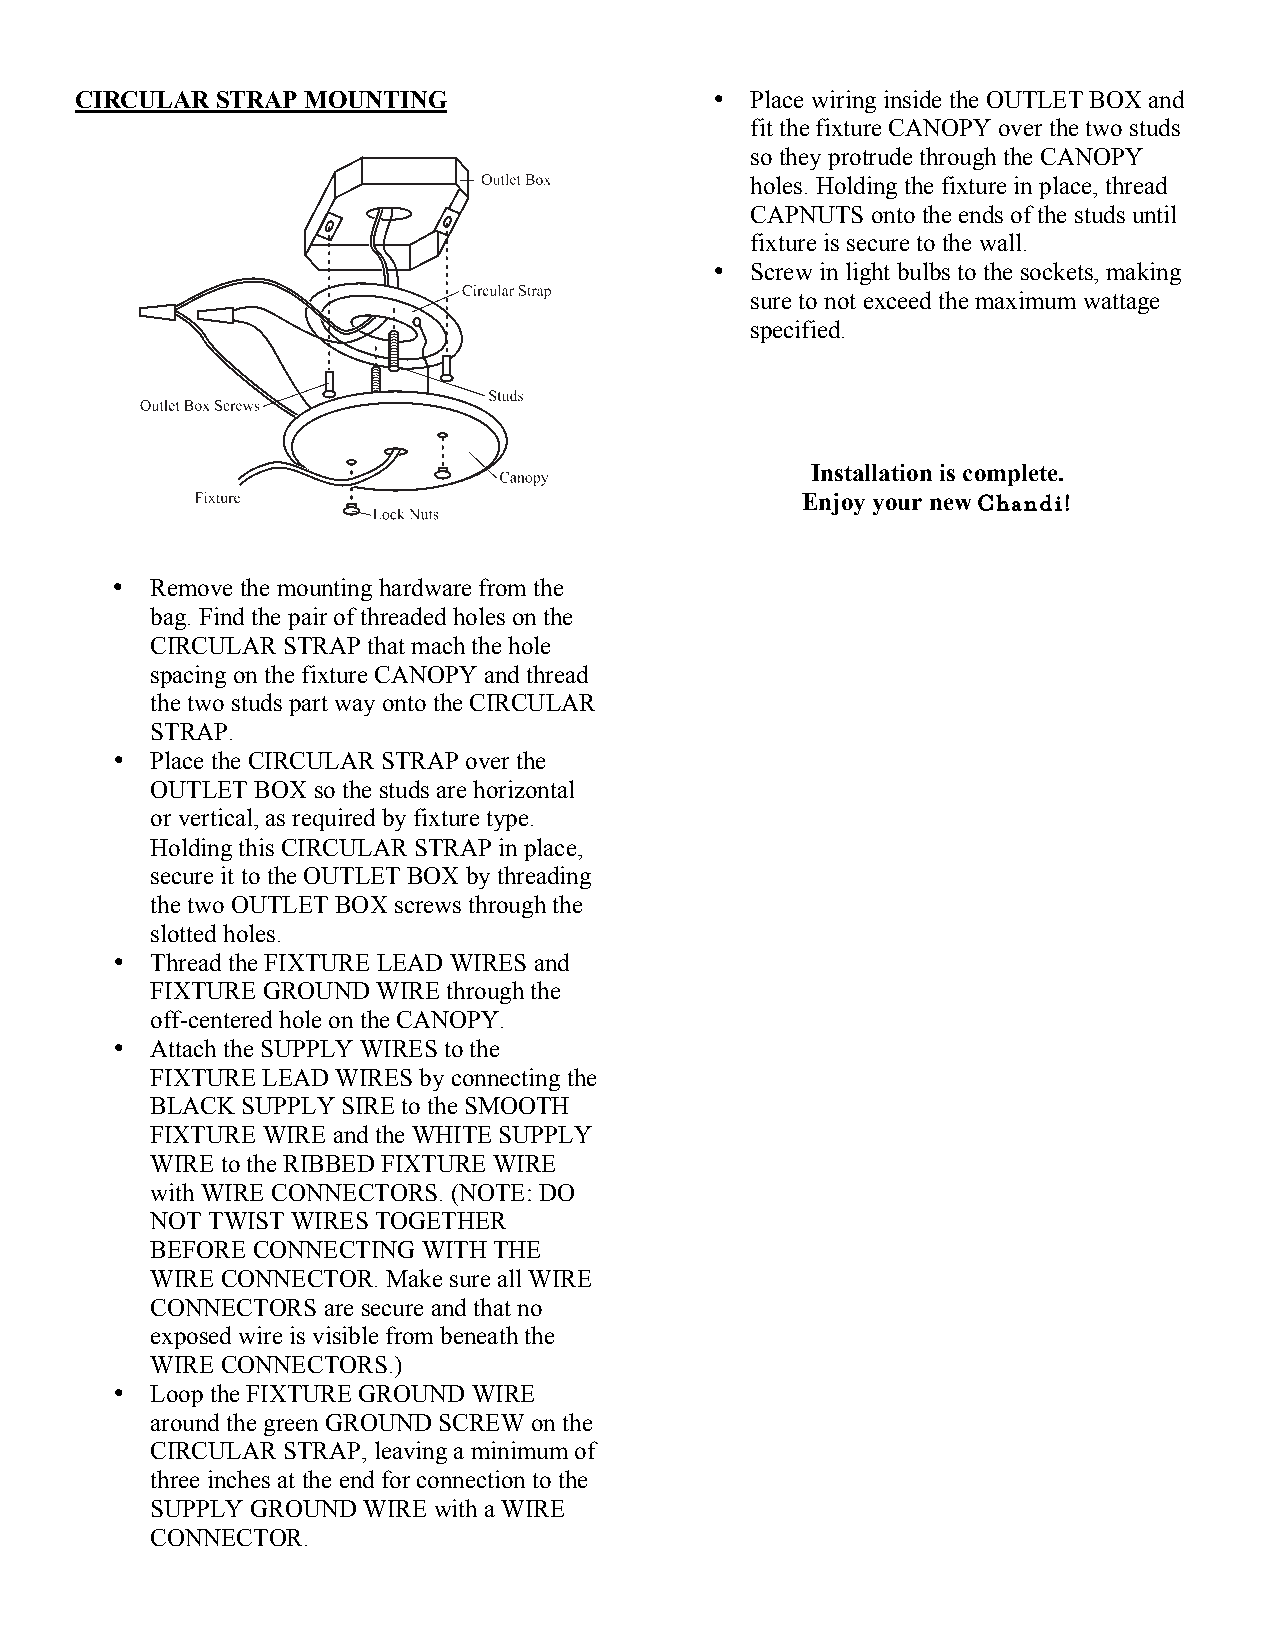
CIRCULAR STRAP MOUNTING                   •  Place wiring inside the OUTLET BOX and
 fit the fixture CANOPY over the two studs
 so they protrude through the CANOPY
 holes. Holding the fixture in place, thread
 CAPNUTS onto the ends of the studs until
 fixture is secure to the wall.
 •  Screw in light bulbs to the sockets, making
 sure to not exceed the maximum wattage
 specified.
 Installation is complete.
 Enjoy your new Chandi!
 •  Remove the mounting hardware from the
 bag. Find the pair of threaded holes on the
 CIRCULAR STRAP that mach the hole
 spacing on the fixture CANOPY and thread
 the two studs part way onto the CIRCULAR
 STRAP.
 •  Place the CIRCULAR STRAP over the
 OUTLET BOX so the studs are horizontal
 or vertical, as required by fixture type.
 Holding this CIRCULAR STRAP in place,
 secure it to the OUTLET BOX by threading
 the two OUTLET BOX screws through the
 slotted holes.
 •  Thread the FIXTURE LEAD WIRES and
 FIXTURE GROUND WIRE through the
 off-centered hole on the CANOPY.
 •  Attach the SUPPLY WIRES to the
 FIXTURE LEAD WIRES by connecting the
 BLACK SUPPLY SIRE to the SMOOTH
 FIXTURE WIRE and the WHITE SUPPLY
 WIRE to the RIBBED FIXTURE WIRE
 with WIRE CONNECTORS. (NOTE: DO
 NOT TWIST WIRES TOGETHER
 BEFORE CONNECTING WITH THE
 WIRE CONNECTOR. Make sure all WIRE
 CONNECTORS are secure and that no
 exposed wire is visible from beneath the
 WIRE CONNECTORS.)
 •  Loop the FIXTURE GROUND WIRE
 around the green GROUND SCREW on the
 CIRCULAR STRAP, leaving a minimum of
 three inches at the end for connection to the
 SUPPLY GROUND WIRE with a WIRE
 CONNECTOR.